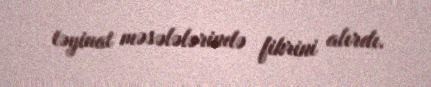
təyinat məsələlərində fikrini alırdı.